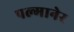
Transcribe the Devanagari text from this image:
पल्मानेर